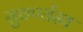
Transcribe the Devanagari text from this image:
सुवर्ण्यस्य